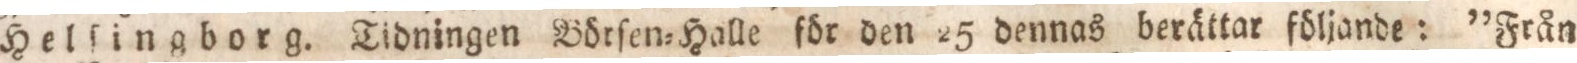
Helſingborg. Tidningen Börſen=Halle för den 25 dennas berättar följande: ”Från